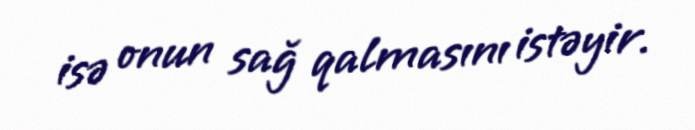
isə onun sağ qalmasını istəyir.